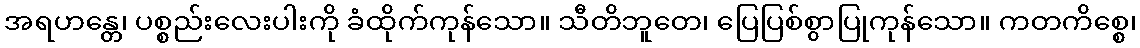
အရဟန္တေ၊ ပစ္စည်းလေးပါးကို ခံထိုက်ကုန်သော။ သီတိဘူတေ၊ ပြေပြစ်စွာပြုကုန်သော။ ကတကိစ္စေ၊